Insane asylums Bombay 1873-77 - 1873-1877
Year: 1873
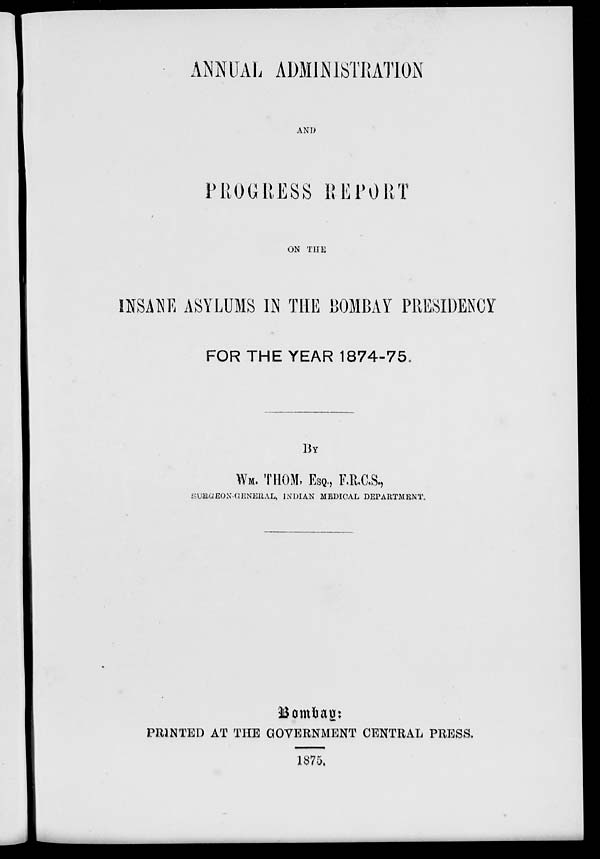
ANNUAL ADMINISTRATION
AND
PROGRESS REPORT
ON THE
INSANE ASYLUMS IN THE BOMBAY PRESIDENCY
FOR THE YEAR 1874-75.
BY
WM. THOM. ESQ, F.R.C.S.,
SURGEON-GENERAL, INDIAN MEDICAL DEPARTMENT.
Bombay:
PRINTED AT THE GOVERNMENT CENTRAL PRESS.
1875.